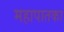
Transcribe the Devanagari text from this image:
महापातका